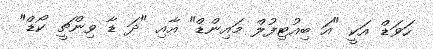
ހަވަޑް އަކީ "އަ ބިއުޓިފުލް މައިންޑް" އާއި "ދަ ޑާ ވިންޗީ ކޯޑް"